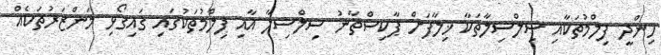
ހިންދީ ފިލްމުތަކާއި ސިލްސިލާތަކާ ޚިލާފަށް ޕާކިސްތާނު ސިލްސިލާ އާއި ފިލްމުތަކުގައި ގައިގޯޅި މަންޒަރުތަކެއް